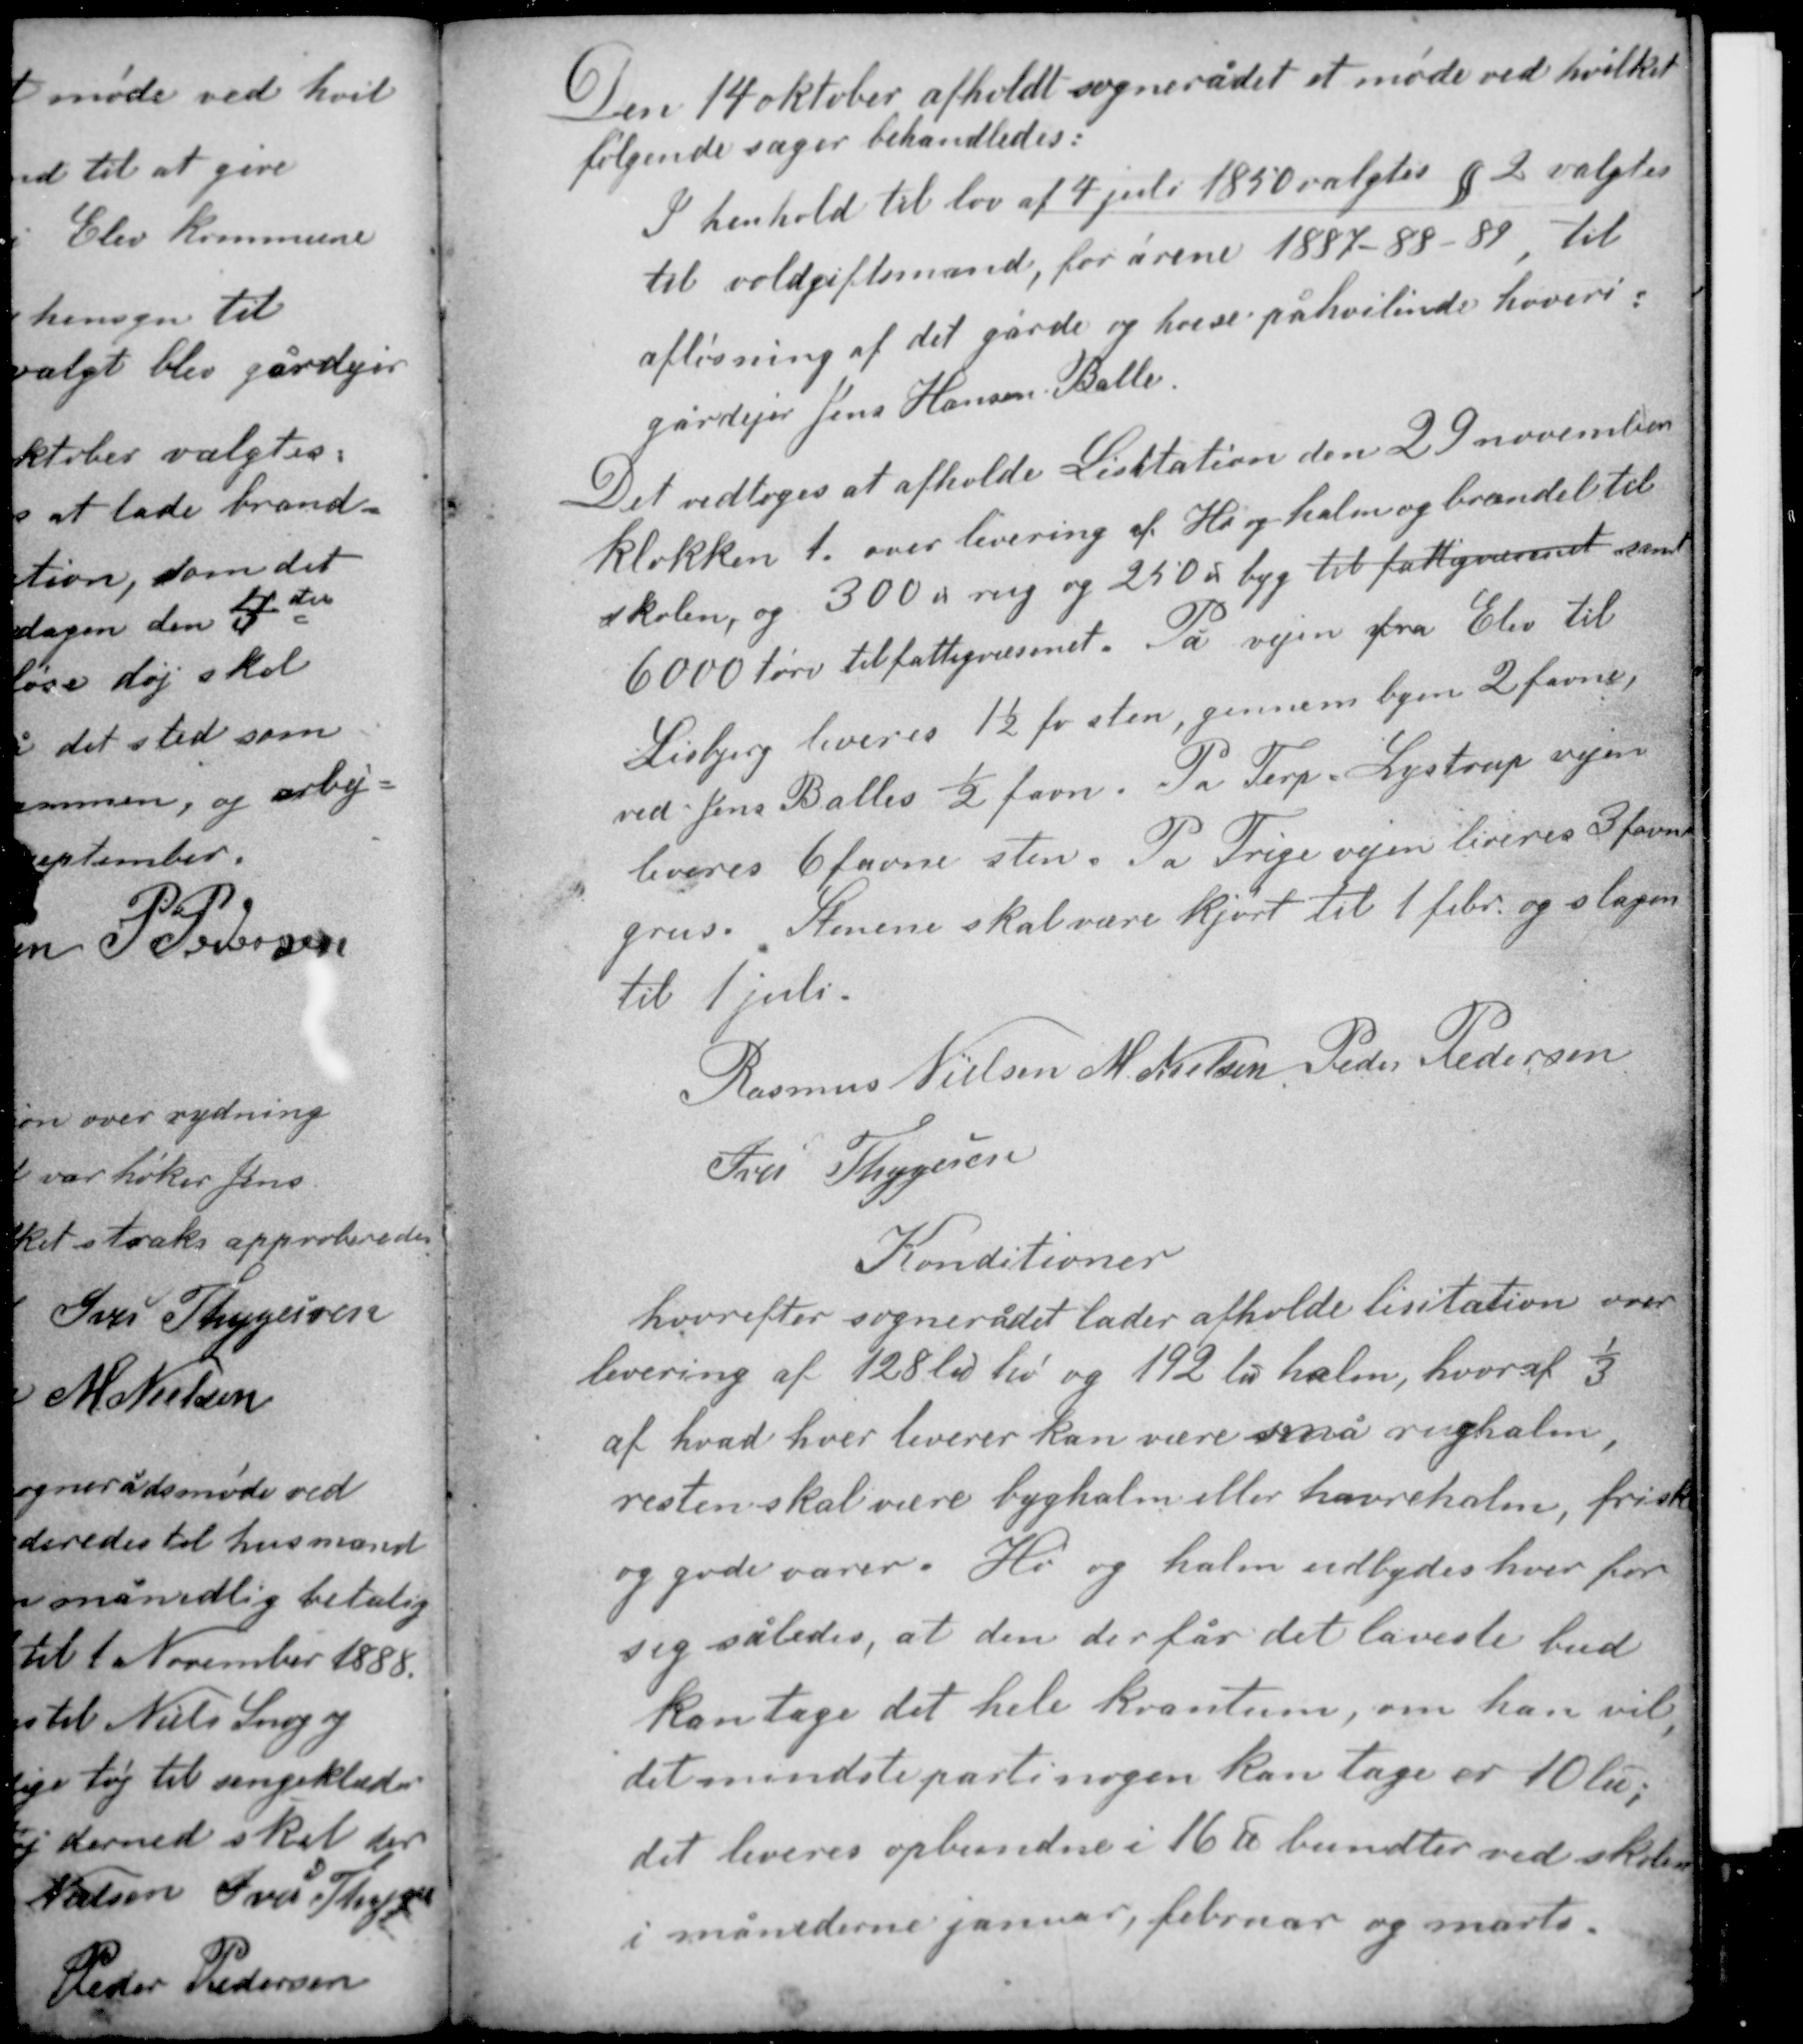
Transskription:
Den 14 oktober afholdt sognerådet et møde ved hvilket
følgende sager behandledes:
I henhold til lov af 4 juli 1850 valgtes § 2 valgtes
til voldgiftsmand, for årene 1887-88-89, til
afløsning af det gårde og huse påhvilende hoveri:
gårdejer Jens Hansen Balle.

Det vedtoges at afholde Licitation den 29 november
klokken 1. over levering af Hø og halm og brændel til
skolen, og 300 ℔ rug og 250 ℔ byg til fattigvæsenet samt
6000 tørv til fattigvæsenet. På vejen fra Elev til
Lisbjerg leveres 1½ fv sten, gennem byen 2 favne,
ved Jens Balles ½ favn. På Terp-Lystrup vejen
leveres 6 favne sten. På Trige vejen leveres 3 favne
grus. Stenene skal være kjørt til 1 febr. og slagen
til 1 juli.

Rasmus Nielsen M. Nielsen Peder Pedersen
Iver Thygesen

Konditioner
hvorefter sognerådet lader afholde lisitation over
levering af 128 ℔ hø og 192 ℔ halm, hvoraf 1/3
af hvad hver leverer kan være små rughalm,
resten skal være byghalm eller havrehalm, friske
og gode varer. Hø og halm udbydes hver for
sig således, at den der får det laveste bud
kan tage det hele kvantum, om han vil,
det mindste parti nogen kan tage er 10 ℔;
det leveres opbundne i 16 ℔ bundter ved skolen
i månederne januar, februar og marts.